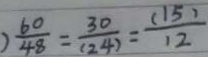
\frac { 6 0 } { 4 8 } = \frac { 3 0 } { ( 2 4 ) } = \frac { ( 1 5 ) } { 1 2 }